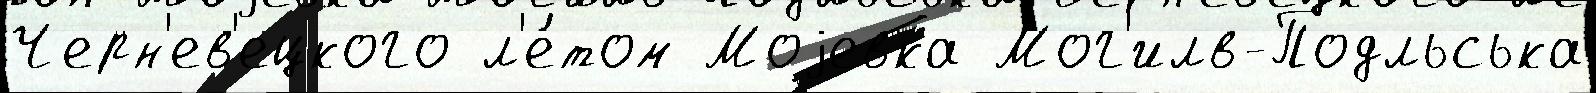
Черн'ев'ецкого л'е́том Моjевка Мог'илв-Подльська